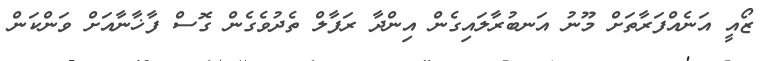
ޒޯއީ އަނެއްފަރާތަށް މޫނު އަނބުރާލައިގެން އިންދާ ރަފާލް ތެދުވެގެން ގޮސް ފާޚާނާއަށް ވަންކަން